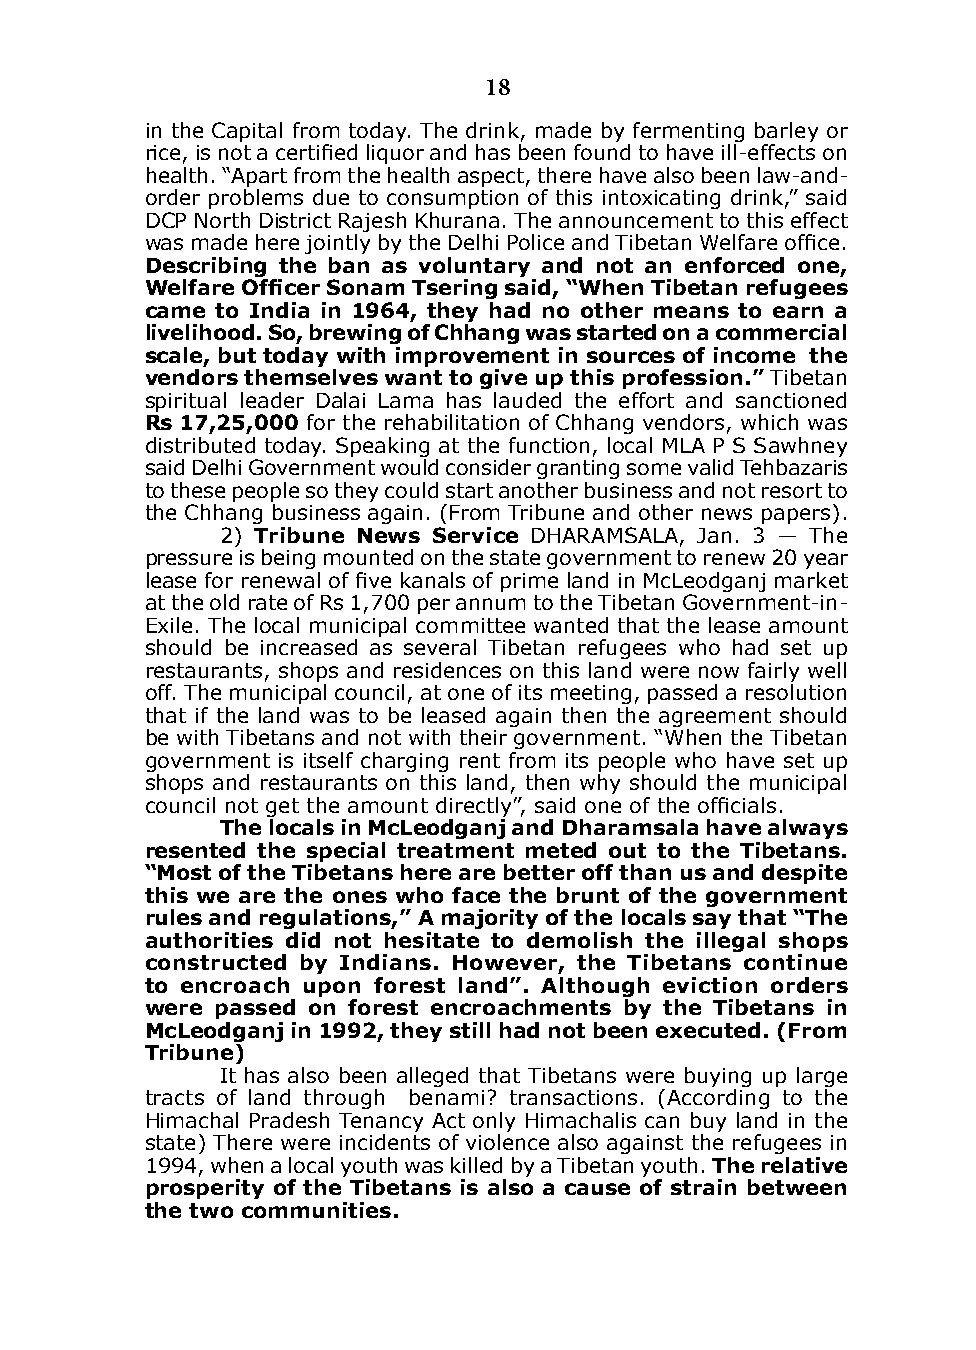
18
 in the Capital from today. The drink, made by fermenting barley or
 rice, is not a certified liquor and has been found to have ill-effects on
 health. “Apart from the health aspect, there have also been law-and-
 order problems due to consumption of this intoxicating drink,” said
 dCP North district Rajesh khurana. The announcement to this effect
 was made here jointly by the Delhi Police and Tibetan Welfare office.
 describing the ban as voluntary and not an enforced one,
 Welfare Officer Sonam Tsering said, “When Tibetan refugees
 came to India in 1964, they had no other means to earn a
 livelihood. so, brewing of chhang was started on a commercial
 scale, but today with improvement in sources of income the
 vendors themselves want to give up this profession.” Tibetan
 spiritual leader dalai Lama has lauded the effort and sanctioned
 Rs 17,25,000 for the rehabilitation of Chhang vendors, which was
 distributed today. Speaking at the function, local MLA P S Sawhney
 said delhi Government would consider granting some valid Tehbazaris
 to these people so they could start another business and not resort to
 the Chhang business again. (From Tribune and other news papers).
 2) Tribune news service dHARAMSALA, Jan. 3 — The
 pressure is being mounted on the state government to renew 20 year
 lease for renewal of five kanals of prime land in McLeodganj market
 at the old rate of Rs 1,700 per annum to the Tibetan Government-in-
 Exile. The local municipal committee wanted that the lease amount
 should be increased as several Tibetan refugees who had set up
 restaurants, shops and residences on this land were now fairly well
 off. The municipal council, at one of its meeting, passed a resolution
 that if the land was to be leased again then the agreement should
 be with Tibetans and not with their government. “When the Tibetan
 government is itself charging rent from its people who have set up
 shops and restaurants on this land, then why should the municipal
 council not get the amount directly”, said one of the officials.
 The locals in mcleodganj and dharamsala have always
 resented the special treatment meted out to the Tibetans.
 “Most of the Tibetans here are better off than us and despite
 this we are the ones who face the brunt of the government
 rules and regulations,” A majority of the locals say that “The
 authorities did not hesitate to demolish the illegal shops
 constructed by Indians. However, the Tibetans continue
 to encroach upon forest land”. Although eviction orders
 were passed on forest encroachments by the Tibetans in
 mcleodganj in 1992, they still had not been executed. (From
 Tribune)
 it has also been alleged that Tibetans were buying up large
 tracts of land through benami? transactions. (According to the
 Himachal Pradesh Tenancy Act only Himachalis can buy land in the
 state) There were incidents of violence also against the refugees in
 1994, when a local youth was killed by a Tibetan youth. The relative
 prosperity of the Tibetans is also a cause of strain between
 the two communities.